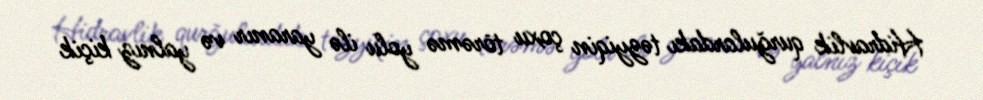
Hidravlik qurğulardakı təzyiqin çoxu törəmə yolu ilə yaranır və yalnız kiçik